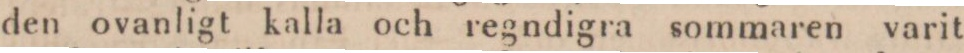
den ovanligt kalla och regndigra sommaren varit